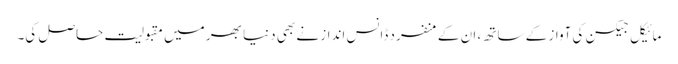
مائیکل جیکسن کی آواز کے ساتھ ، ان کے منفرد ڈانس انداز نے بھی دنیا بھر میں مقبولیت حاصل کی۔